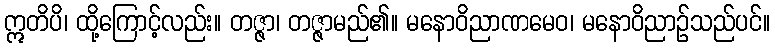
ဣတိပိ၊ ထို့ကြောင့်လည်း။ တဇ္ဇာ၊ တဇ္ဇာမည်၏။ မနောဝိညာဏမေဝ၊ မနောဝိညာဉ်သည်ပင်။